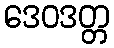
ဒေဝဒတ္တ